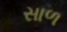
સાળ